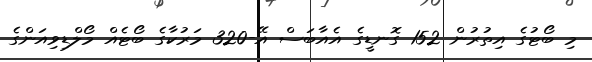
މި ބޯޓުގެ އިތުރުން 152 ގޮނޑީގެ އެއާބަސް އޭ-320 މަރުކާގެ ބޯޓެއް މޯލްޑިވިއަންގެ